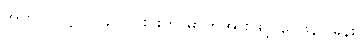
အဘိ-၂-ဋ္ဌ-၂၁၄။ ၎င်းင်းကို ဓာတ်အားဖြင့် ဝေဖန်ပြခန်း၊